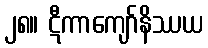
၂၈။ ဋီကာကျော်နိဿယ